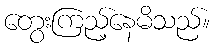
တွေးကြည့်နေမိသည်။